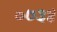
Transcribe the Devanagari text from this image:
०७३४